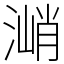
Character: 㴥